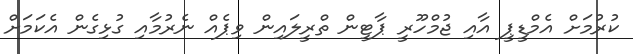
ކުރުމަށް އެމްޑީޕީ އާއި ޖުމްހޫރީ ޕާޓީން ތްރީލައިން ވިޕެއް ނެރުމާއި ގުޅިގެން އެކަމަށް